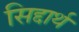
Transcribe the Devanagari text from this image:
सिद्दार्थ